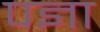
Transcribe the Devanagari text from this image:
पज्ञा